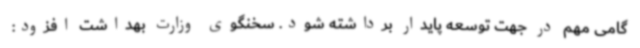
گامی مهم در جهت توسعه پایدار برداشته شود. سخنگوی وزارت بهداشت افزود: